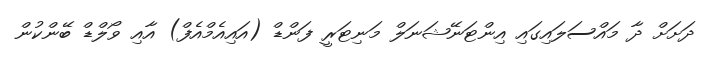
ދަށަށް ދާ މައްސަލައިގައި އިންޓަނޭޝަނަލް މަނިޓަރީ ފަންޑް (އައިއެމްއެފް) އާއި ވޯލްޑް ބޭންކުން